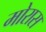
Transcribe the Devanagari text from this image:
मोरास